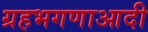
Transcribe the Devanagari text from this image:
ग्रहभगणाआदी